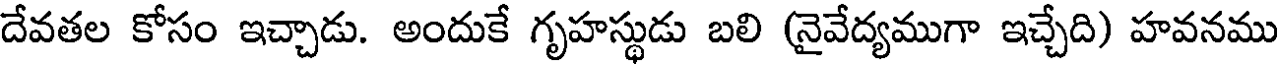
దేవతల కోసం ఇచ్చాడు. అందుకే గృహస్థుడు బలి (నైవేద్యముగా ఇచ్చేది) హవనము